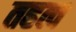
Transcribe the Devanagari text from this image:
तहत्व